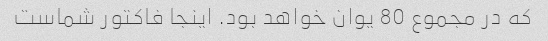
که در مجموع 80 یوان خواهد بود. اینجا فاکتور شماست